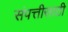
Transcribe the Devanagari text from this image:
संपत्तीसाठी